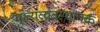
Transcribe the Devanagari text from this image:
मुख्यव्यवस्थापक